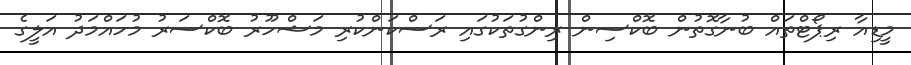
މީޑިއާ ރިޕޯޓްތައް ބުނާގޮތުން ބޮކްސިން ރިންގުތަކުގައި ރަސްކަންކުރި މަޝްހޫރު ބޮކްސަރު މުހައްމަދު އަލީގެ